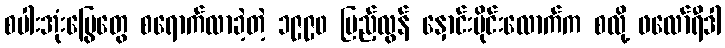
စပါးအုံးမြွေတွေ စရောက်လာခဲ့တဲ့ ၁၉၉၀ ပြည့်လွန် နှောင်းပိုင်းလောက်က စလို့ ဖလော်ရီဒါ